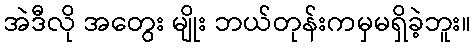
အဲဒီလို အတွေး မျိုး ဘယ်တုန်းကမှမရှိခဲ့ဘူး။